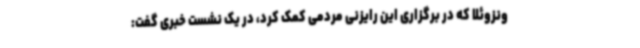
ونزوئلا که در برگزاری این رایزنی مردمی کمک کرد، در یک نشست خبری گفت: